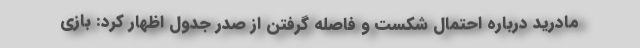
مادرید درباره احتمال شکست و فاصله گرفتن از صدر جدول اظهار کرد: بازی